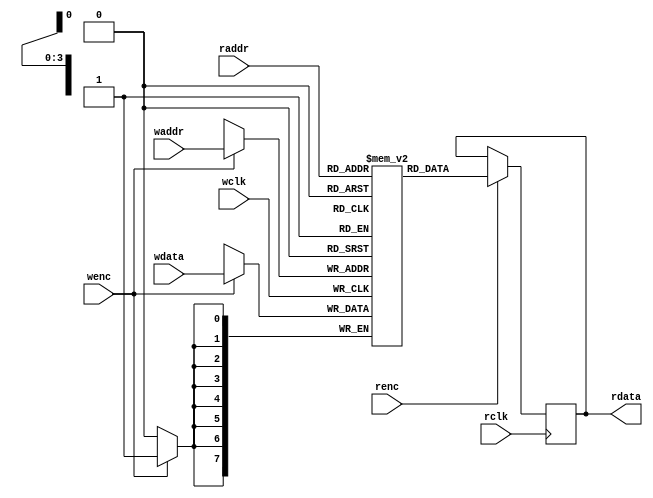
`timescale 1ns / 1ps
//////////////////////////////////////////////////////////////////////////////////
// Company: HIT
// 
// Design Name: 
// Module Name: RAMSRAM
// Project Name: 
// Target Devices: 
// Tool Versions: 
// Description: 
// 
// Dependencies: 
// 
// Revision:
// Revision 0.01 - File Created
// Additional Comments:
// 
//////////////////////////////////////////////////////////////////////////////////


module dual_port_RAM #(parameter DEPTH = 16,
					   parameter WIDTH = 8)(
	 input wclk
	,input wenc
	,input [$clog2(DEPTH)-1:0] waddr  //2
	,input [WIDTH-1:0] wdata      	//
	,input rclk
	,input renc
	,input [$clog2(DEPTH)-1:0] raddr  //2
	,output reg [WIDTH-1:0] rdata 		//
);

reg [WIDTH-1:0] RAM_MEM [0:DEPTH-1];

always @(posedge wclk) begin
	if(wenc)
		RAM_MEM[waddr] <= wdata;
end 

always @(posedge rclk) begin
	if(renc)
		rdata <= RAM_MEM[raddr];
end 

endmodule